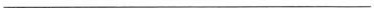
___